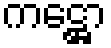
ကဋ္ဌော